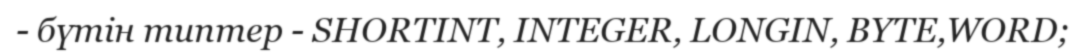
- бүтін типтер - SHORTINT, INTEGER, LONGIN, BYTE,WORD;